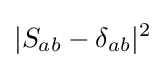
|S_{ab}-\delta _{ab}|^{2}